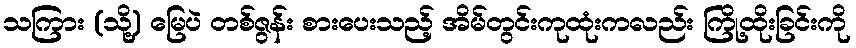
သကြား (သို့) မြေပဲ တစ်ဇွန်း စားပေးသည့် အိမ်တွင်းကုထုံးကလည်း ကြို့ထိုးခြင်းကို